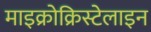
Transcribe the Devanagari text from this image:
माइक्रोक्रिस्टेलाइन